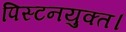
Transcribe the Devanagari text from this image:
पिस्टनयुक्त।